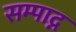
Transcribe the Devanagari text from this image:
सम्पाद्न